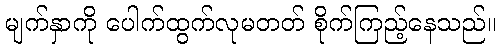
မျက်နှာကို ပေါက်ထွက်လုမတတ် စိုက်ကြည့်နေသည်။